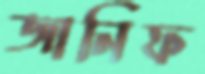
জানিফ